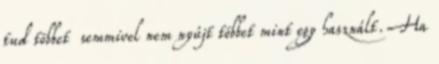
tud többet semmivel nem nyújt többet mint egy használt. Ha